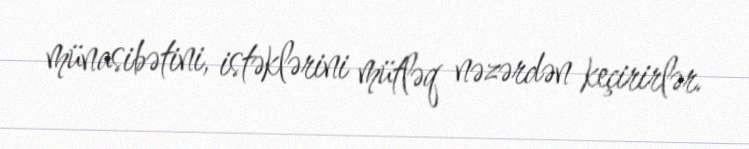
münasibətini, istəklərini mütləq nəzərdən keçirirlər.